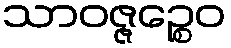
သာဝဇ္ဇဉ္စေဝ